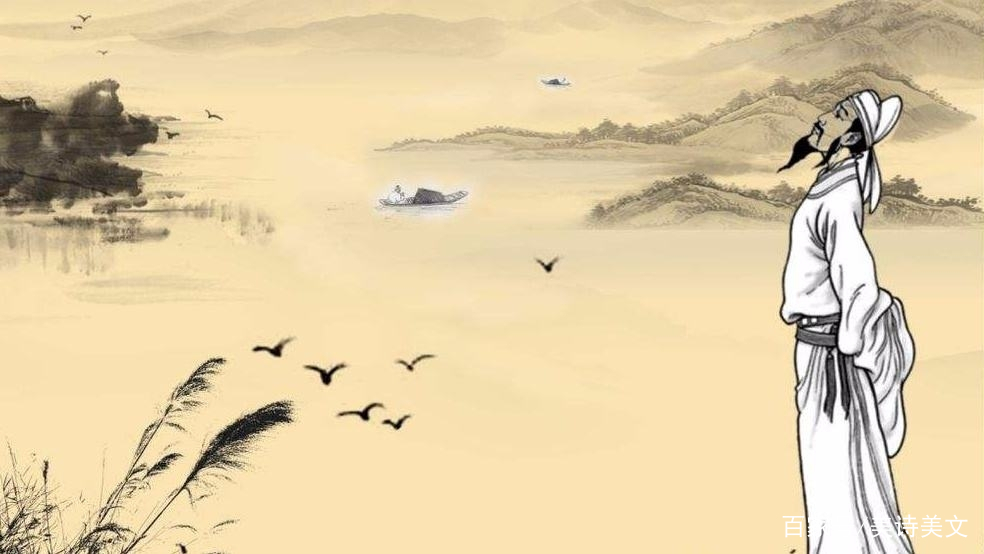
尔曹身与名俱灭，不废江河万古流。